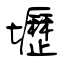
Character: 壢